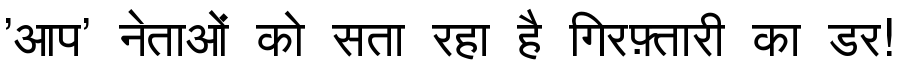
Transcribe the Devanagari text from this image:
'आप' नेताओं को सता रहा है गिरफ़्तारी का डर!